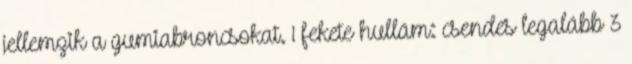
jellemzik a gumiabroncsokat. 1 fekete hullám: csendes legalább 3